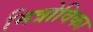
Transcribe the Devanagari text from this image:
मित्रोविका